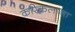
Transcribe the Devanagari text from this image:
करिकलाना